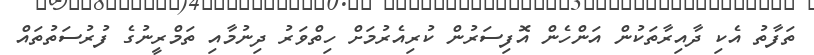
ތަފާތު އެކި ދާއިރާތަކުން އަންހެން އޮފިސަރުން ކުރިއެރުމަށް ހިތްވަރު ދިނުމާއި ތަމްރީނުގެ ފުރުސަތުތައް